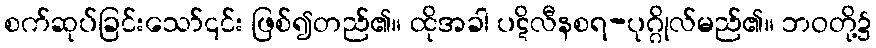
စက်ဆုပ်ခြင်းသော်၎င်း ဖြစ်၍တည်၏။ ထိုအခါ ပဋိလီနစရ-ပုဂ္ဂိုလ်မည်၏။ ဘဝတို့၌